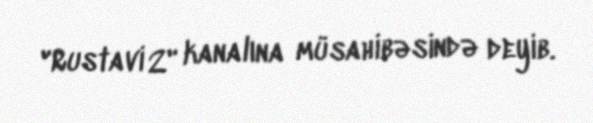
"Rustavi 2" kanalına müsahibəsində deyib.